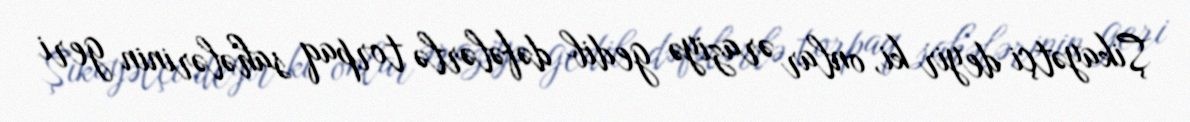
Şikayətçi deyir ki, onlar əraziyə gedib dəfələrlə torpaq sahələrinin geri